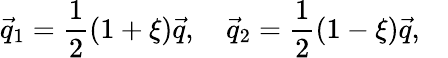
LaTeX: \vec{q}_{1}=\frac{1}{2}(1+\xi)\vec{q},\quad\vec{q}_{2}=\frac{1}{2}(1-\xi)\vec{q},\quad